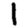
Digit: 1